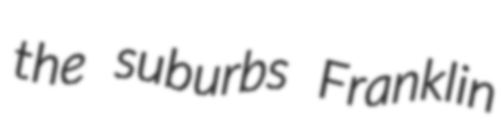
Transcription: the suburbs Franklin